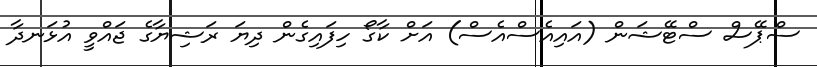
ސްޕޭސް ސްޓޭޝަން (އައިއެސްއެސް) އަށް ކާގޯ ހިފައިގެން ދިޔަ ރަޝިޔާގެ ޖައްވީ އުޅަނދާ